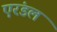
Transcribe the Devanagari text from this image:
एरंडल